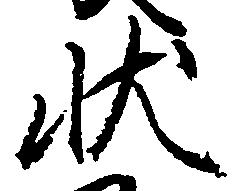
状